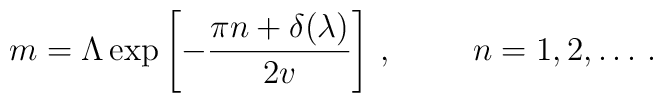
m=\Lambda \exp \left[ -\frac{\pi n+\delta (\lambda )}{2v}\right]\, ,\hspace{1cm}n=1,2, \ldots \, .